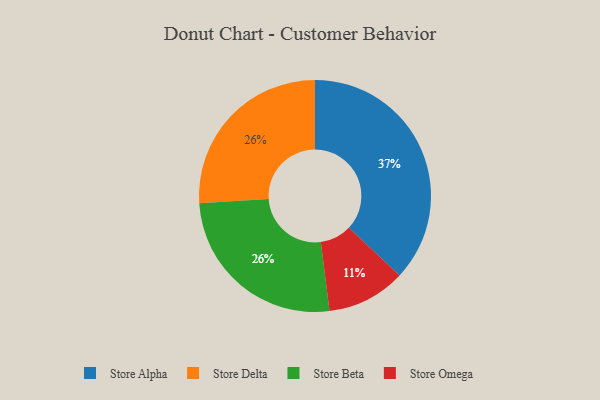
{"axis": {"x": "Category", "y": "Percentage"}, "legend": ["Store Alpha", "Store Beta", "Store Delta", "Store Omega"], "data": [{"x": "Store Alpha", "y": 37, "type": "Store Alpha"}, {"x": "Store Delta", "y": 26, "type": "Store Delta"}, {"x": "Store Omega", "y": 11, "type": "Store Omega"}, {"x": "Store Beta", "y": 26, "type": "Store Beta"}]}